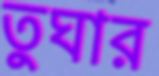
তুঘার